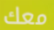
معك